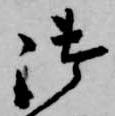
御